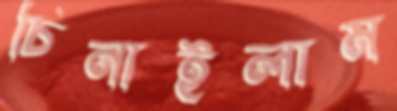
চিনাইলাম